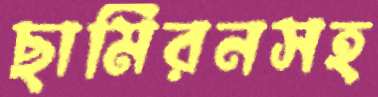
ছামিরনসহ